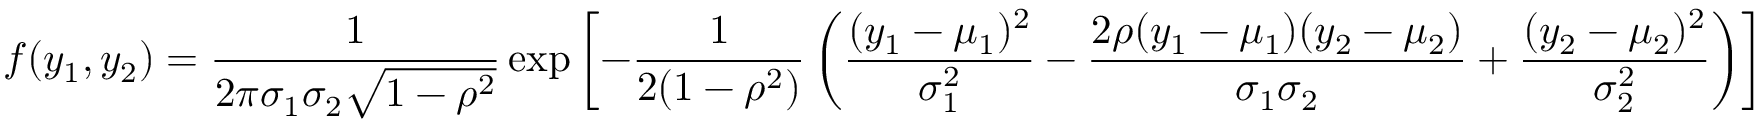
f ( y _ { 1 } , y _ { 2 } ) = { \frac { 1 } { 2 \pi \sigma _ { 1 } \sigma _ { 2 } { \sqrt { 1 - \rho ^ { 2 } } } } } \exp \left[ - { \frac { 1 } { 2 ( 1 - \rho ^ { 2 } ) } } \left( { \frac { ( y _ { 1 } - \mu _ { 1 } ) ^ { 2 } } { \sigma _ { 1 } ^ { 2 } } } - { \frac { 2 \rho ( y _ { 1 } - \mu _ { 1 } ) ( y _ { 2 } - \mu _ { 2 } ) } { \sigma _ { 1 } \sigma _ { 2 } } } + { \frac { ( y _ { 2 } - \mu _ { 2 } ) ^ { 2 } } { \sigma _ { 2 } ^ { 2 } } } \right) \right]